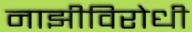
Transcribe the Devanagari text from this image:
नाझीविरोधी